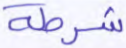
شرطة